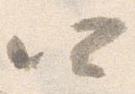
四